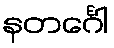
နတင်္ဂေါ